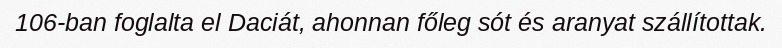
106-ban foglalta el Daciát, ahonnan főleg sót és aranyat szállítottak.